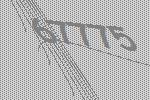
67775